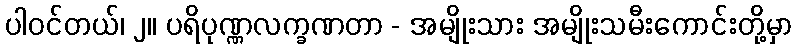
ပါဝင်တယ်၊ ၂။ ပရိပုဏ္ဏလက္ခဏတာ - အမျိုးသား အမျိုးသမီးကောင်းတို့မှာ